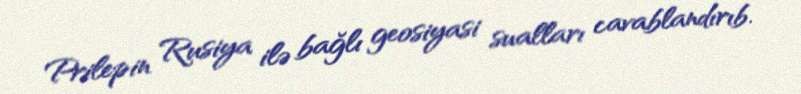
Prilepin Rusiya ilə bağlı geosiyasi sualları cavablandırıb.